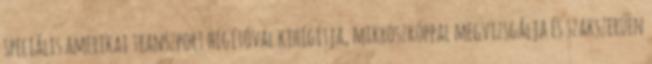
speciális amerikai transzport hígítóval kihígítja, mikroszkóppal megvizsgálja és szakszerűen